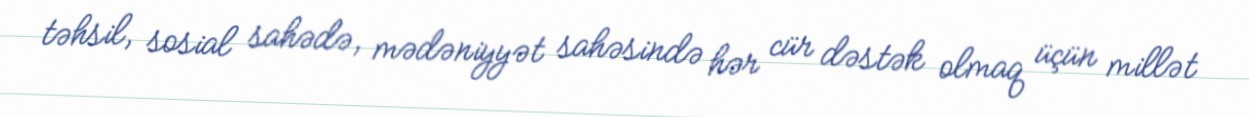
təhsil, sosial sahədə, mədəniyyət sahəsində hər cür dəstək olmaq üçün millət